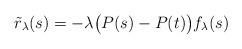
LaTeX: \begin{align*}\tilde{r}_{\lambda}(s) = - \lambda \big(P(s) - P(t)\big) f_{\lambda}(s)\end{align*}